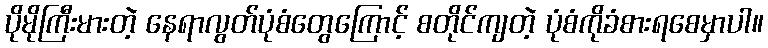
ပိုမိုကြီးမားတဲ့ နေရာလွတ်ပုံစံတွေကြောင့် စတိုင်ကျတဲ့ ပုံစံကိုခံစားရစေမှာပါ။